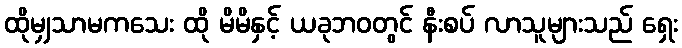
ထိုမျှသာမကသေး ထို မိမိနှင့် ယခုဘဝတွင် နီးစပ် လာသူများသည် ရှေး